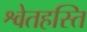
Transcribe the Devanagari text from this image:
श्वेतहस्ति